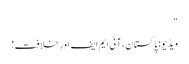
"
ویڈیو: پاکستان، آئی ایم ایف اور خلافت!